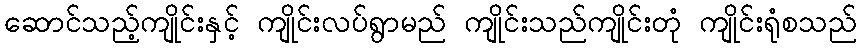
ဆောင်သည့်ကျိုင်းနှင့် ကျိုင်းလပ်ရွာမည် ကျိုင်းသည်ကျိုင်းတုံ ကျိုင်းရုံစသည်